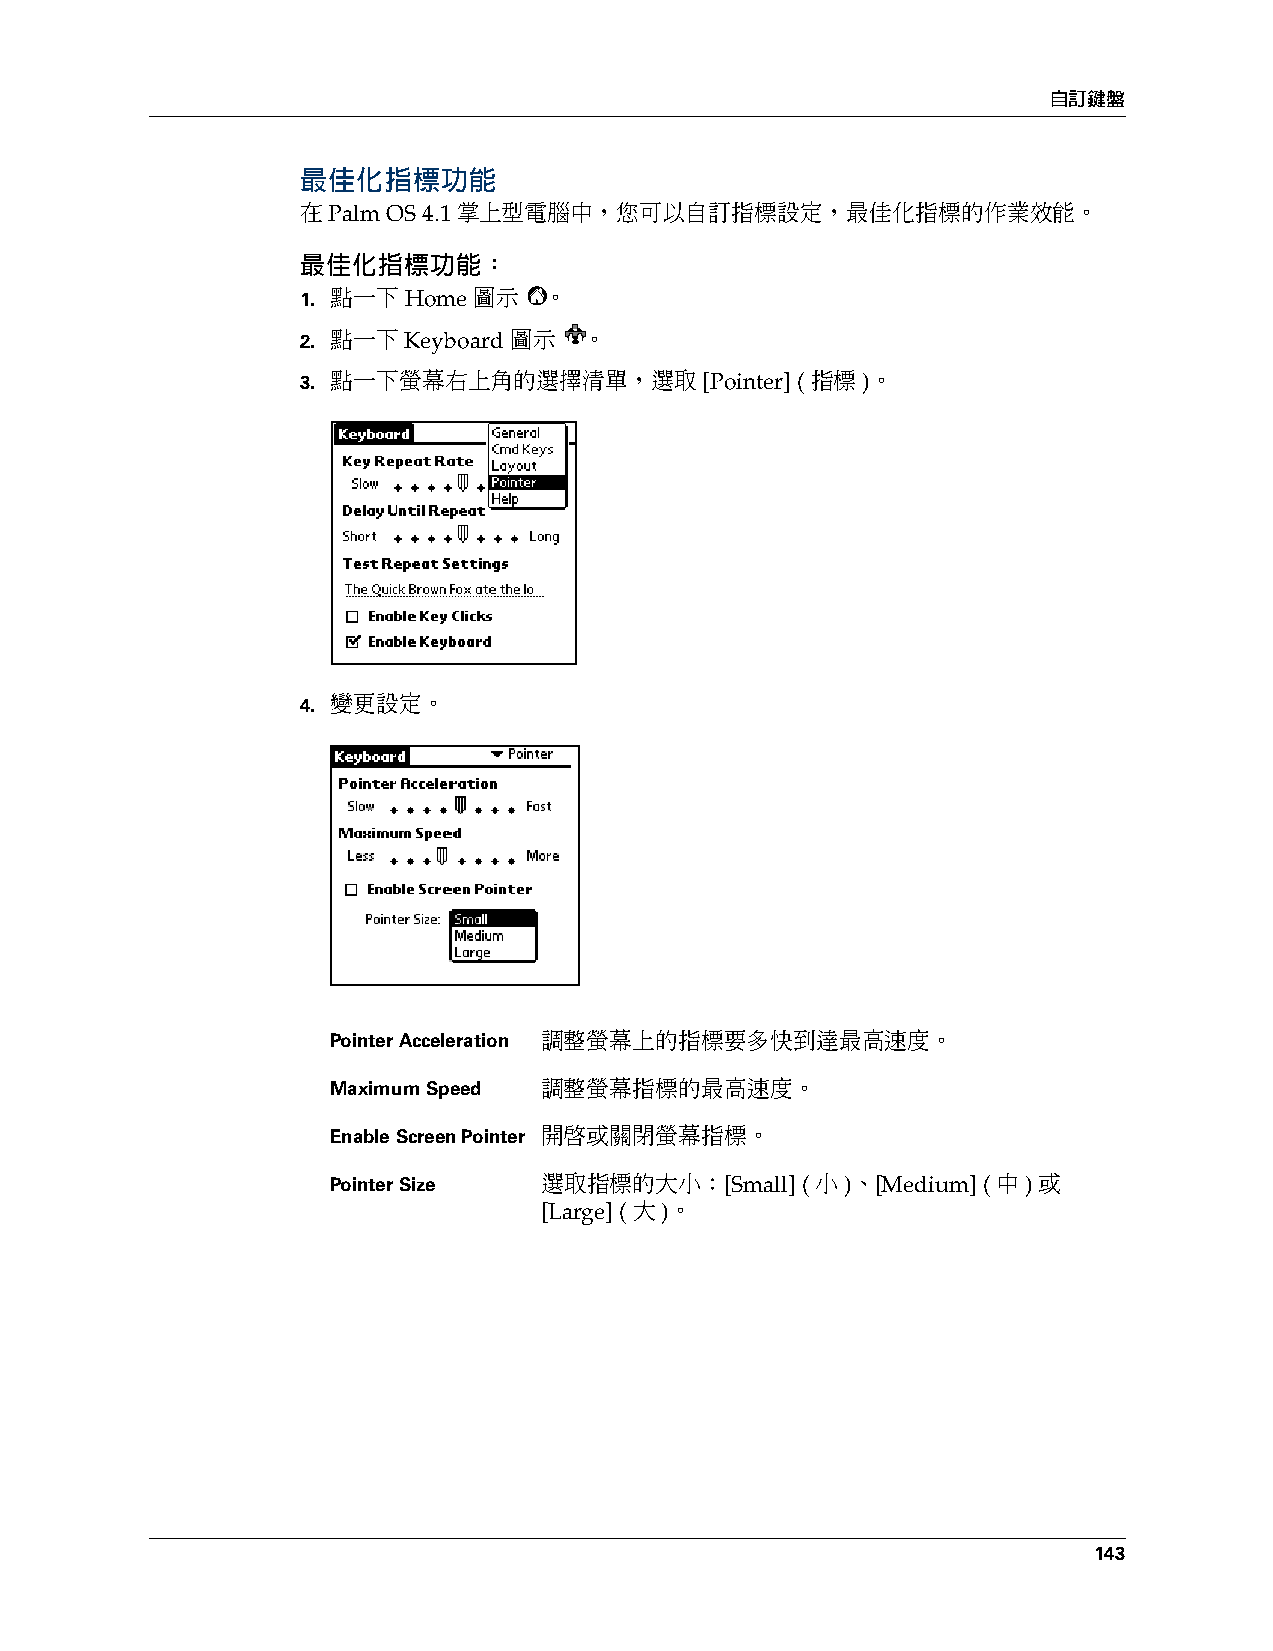
自訂鍵盤
 最佳化指標功能
 在 Palm OS 4.1 掌上型電腦中，您可以自訂指標設定，最佳化指標的作業效能。
 最佳化指標功能：
 1. 點一下 Home 圖示  。
 2. 點一下 Keyboard 圖示 。
 3. 點一下螢幕右上角的選擇清單，選取        [Pointer] (指標)。
 .
 4. 變更設定。
 Pointer Acceleration 調整螢幕上的指標要多快到達最高速度。
 Maximum Speed 調整螢幕指標的最高速度。
 Enable Screen Pointer 開啟或關閉螢幕指標。
 Pointer Size  選取指標的大小：[Small]  (小)、[Medium] (中) 或
 [Large] (大)。
 143